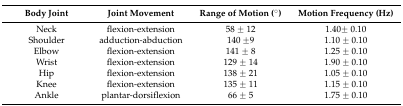
<table><thead><tr><td><b>Body Joint</b></td><td><b>Joint Movement</b></td><td><b>Range of Motion (°)</b></td><td><b>Motion Frequency (Hz)</b></td></tr></thead><tbody><tr><td>Neck</td><td>flexion-extension</td><td>58 ± 12</td><td>1.40± 0.10</td></tr><tr><td>Shoulder</td><td>adduction-abduction</td><td>140 ±9</td><td>1.10 ± 0.10</td></tr><tr><td>Elbow</td><td>flexion-extension</td><td>141 ± 8</td><td>1.25 ± 0.10</td></tr><tr><td>Wrist</td><td>flexion-extension</td><td>129 ± 14</td><td>1.90 ± 0.10</td></tr><tr><td>Hip</td><td>flexion-extension</td><td>138 ± 21</td><td>1.05 ± 0.10</td></tr><tr><td>Knee</td><td>flexion-extension</td><td>135 ± 11</td><td>1.15 ± 0.10</td></tr><tr><td>Ankle</td><td>plantar-dorsiflexion</td><td>66 ± 5</td><td>1.75 ± 0.10</td></tr></tbody></table>